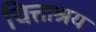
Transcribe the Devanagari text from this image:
चित्ताश्रय